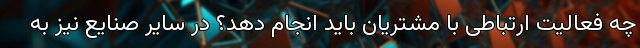
چه فعالیت ارتباطی با مشتریان باید انجام دهد؟ در سایر صنایع نیز به